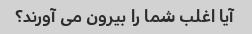
آیا اغلب شما را بیرون می آورند؟